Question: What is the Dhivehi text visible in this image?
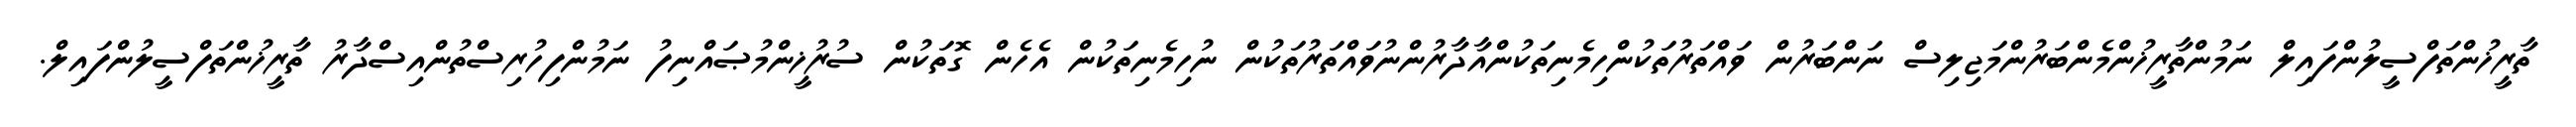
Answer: ތާރީޚުންތަފްސީލުންފައިލް ނަމުންތާރީޚުންމެންބަރުންމަޖިލިސް ނަންބަރުން ވައްތަރުތަކުންހިމެނިތަކުންއާދާރުންނުވައްތަރުތަކުން ނުހިމެނިތަކުން އެހެން ގޮތަކުން ސުރުޚީންމުޞައްނިފު ނަމުންފިހުރިސްތުންއިސްދާރު ތާރީޚުންތަފްސީލުންފައިލް.